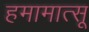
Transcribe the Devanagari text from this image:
हमामात्सू